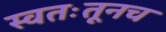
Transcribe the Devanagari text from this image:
स्वतःतूनच